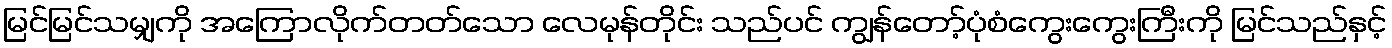
မြင်မြင်သမျှကို အကြောလိုက်တတ်သော လေမုန်တိုင်း သည်ပင် ကျွန်တော့်ပုံစံကွေးကွေးကြီးကို မြင်သည်နှင့်